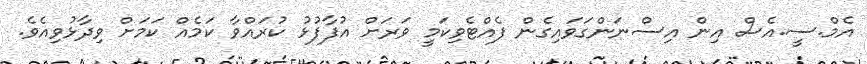
އެމް.ސީ.އެސް އިން އިސްނަންގަވައިގެން ފެެއްޓެވިކަމީ ވަރަށް އުފާފުޅު ކުރައްވާ ކަމެއް ކަމަށް ވިދާޅުވިއެވެ.